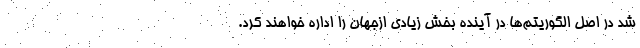
شد در اصل الگوریتم‌ها در آینده بخش زیادی ازجهان را اداره خواهند کرد.